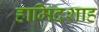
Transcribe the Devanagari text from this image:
हामिदशाह